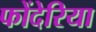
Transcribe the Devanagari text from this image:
फोंदेरिया